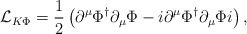
\begin{align*}{\cal L}_{K\Phi} = \frac{1}{2}\left(\partial^{\mu} \Phi^{\dagger} \partial_{\mu} \Phi- i\partial^{\mu} \Phi^{\dagger} \partial_{\mu} \Phi i\right),\end{align*}